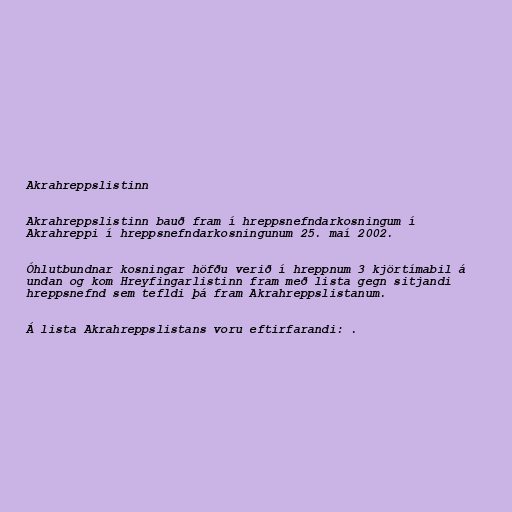
Akrahreppslistinn

Akrahreppslistinn bauð fram í hreppsnefndarkosningum í
Akrahreppi í hreppsnefndarkosningunum 25. maí 2002.

Óhlutbundnar kosningar höfðu verið í hreppnum 3 kjörtímabil á
undan og kom Hreyfingarlistinn fram með lista gegn sitjandi
hreppsnefnd sem tefldi þá fram Akrahreppslistanum.

Á lista Akrahreppslistans voru eftirfarandi: .